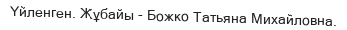
Үйленген. Жұбайы - Божко Татьяна Михайловна.